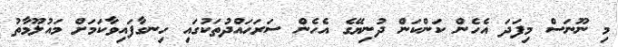
މި ނޫނަސް މިފަދަ އެހެން ކަންކަން ދުނިޔޭގެ އެހެން ސަރަޙައްދުތަކުގައި ހިނގާފައިވާކަމަށް މައުލޫމާތު